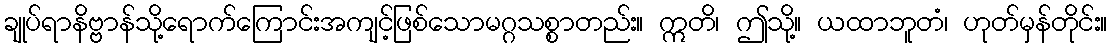
ချုပ်ရာနိဗ္ဗာန်သို့ရောက်ကြောင်းအကျင့်ဖြစ်သောမဂ္ဂသစ္စာတည်း။ ဣတိ၊ ဤသို့။ ယထာဘူတံ၊ ဟုတ်မှန်တိုင်း။